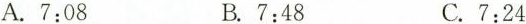
A.7:08 B.7:48 C.7:24